Burma Government Medical School reports 1907-22
Year: 1907
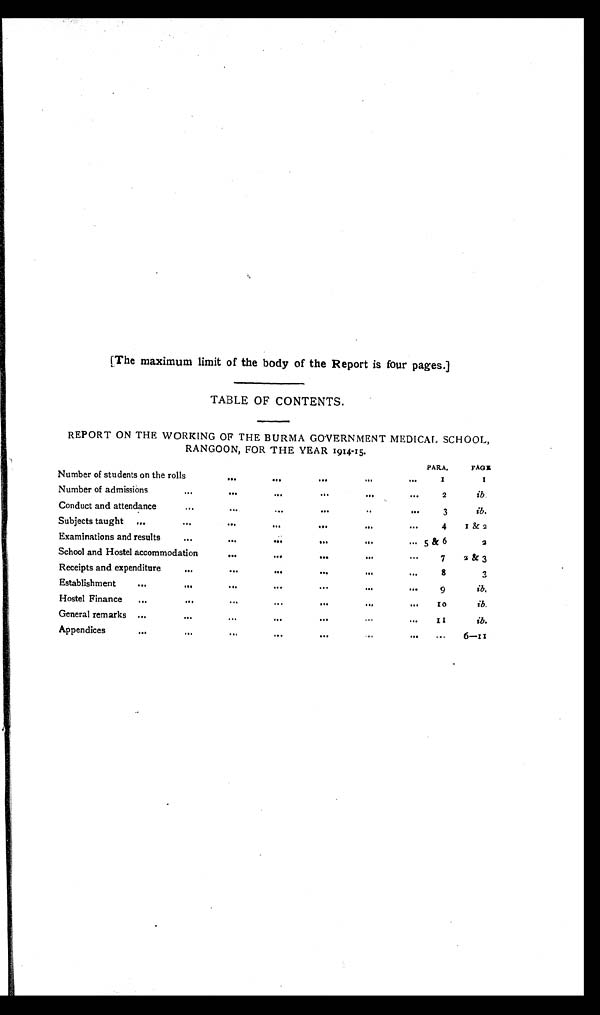
[The maximum limit of the body of the Report is four pages.]
TABLE OF CONTENTS.
REPORT ON THE WORKING OF THE BURMA GOVERNMENT MEDICAL SCHOOL,
RANGOON, FOR THE YEAR 1914-15.
PARA,
PAGE.
Number of students on the rolls
. . .
. . .
. . .
. . .
. . . 1
1
Number of admissions
...
. . .
. . .
. . .
. . .
. . . 2
i b .
Conduct and attendance
...
. . .
. . .
. . .
. . .
. . . 3
ib.
Subjects taught ...
...
. . .
...
. . .
...
. . . 4 1 & 2
Examinations and results
. . .
. . .
. . .
. . .
...
. . .
5 & 6
2
School and Hostel accommodation
. . .
. . .
. . .
. . .
. . . 7 2 & 3
Receipts and expenditure
...
. . .
. . .
. . .
...
. . . 8
3
Establishment
...
. . .
. . .
. . .
. . .
. . .
. . . 9
ib.
Hostel Finance ...
...
...
. . .
. . .
...
. . . 1 0
ib.
General remarks ...
. . .
. . .
. . .
. . .
. . . ...
1 1
ib.
Appendices
...
. . .
. . .
...
. . .
. . .
. . . . . .
6—11